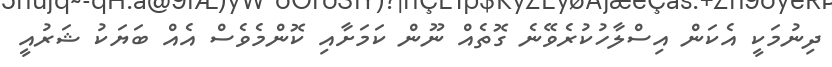
ދިނުމަކީ އެކަން އިސްލާހުކުރެވޭނެ ގޮތެއް ނޫން ކަމަށާއި ކޮންމެވެސް އެއް ބަޔަކު ޝަރުއީ